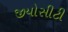
જીયોસીટી